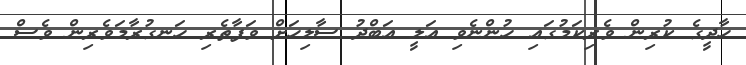
ހާދީގެ ކުރިން ވެރިކަމުގައި ހުންނެވި އަލީ އަބްދު ސާލިހަށް ވަފާތެރި ހަނގުރާމަވެރިން ވެސް